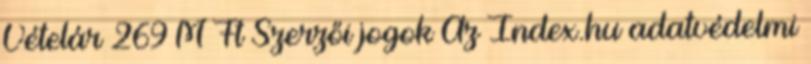
Vételár 269 M Ft Szerzői jogok Az Index.hu adatvédelmi